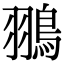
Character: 翵